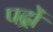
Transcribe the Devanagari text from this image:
पद्रों